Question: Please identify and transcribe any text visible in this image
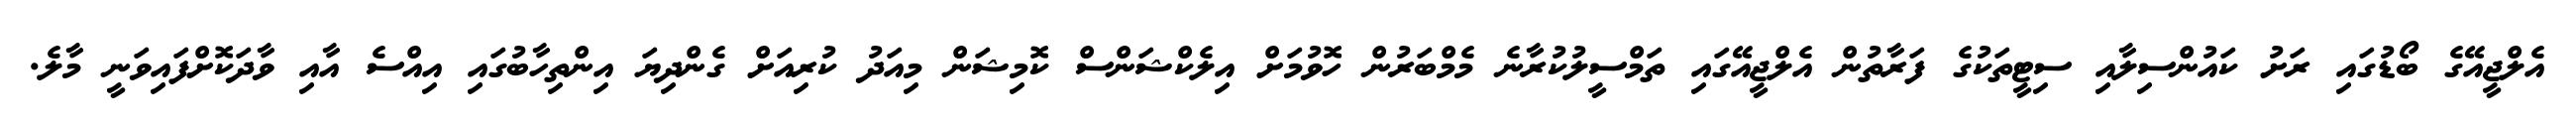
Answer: އެލްޖީއޭގެ ބޯޑުގައި ރަށު ކައުންސިލާއި ސިޓީތަކުގެ ފަރާތުން އެލްޖީއޭގައި ތަމްސީލުކުރާނެ މެމްބަރުން ހޮވުމަށް އިލެކްޝަންސް ކޮމިޝަން މިއަދު ކުރިއަށް ގެންދިޔަ އިންތިހާބުގައި އިއްސެ އާއި ވާދަކޮށްފައިވަނީ މާލެ.